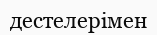
дестелерімен